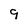
Character: 9